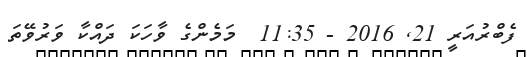
ފެބްރުއަރީ 21